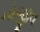
નોજીવ